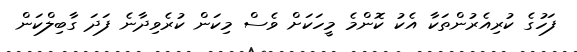
ފަހުގެ ކުރިއެރުންތަކާ އެކު ކޮންމެ މީހަކަށް ވެސް މިކަން ކުރެވިދާނެ ފަދަ ގާބިލްކަން